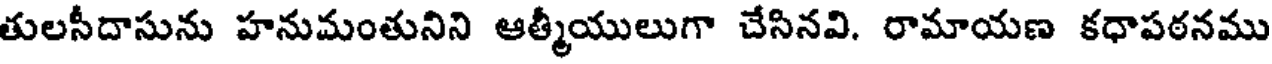
తులసీదాసును హనుమంతునిని ఆత్మీయులుగా చేసినవి. రామాయణ కధాపఠనము